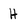
Character: H